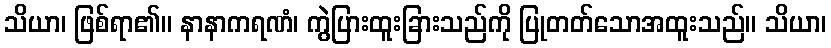
သိယာ၊ ဖြစ်ရာ၏။ နာနာကရဏံ၊ ကွဲပြားထူးခြားသည်ကို ပြုတတ်သောအထူးသည်။ သိယာ၊